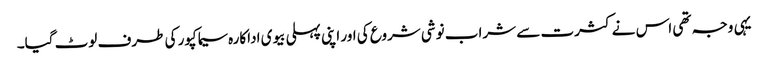
یہی وجہ تھی اس نے کثرت سے شراب نوشی شروع کی اور اپنی پہلی بیوی اداکارہ سیما کپور کی طرف لوٹ گیا۔